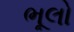
ભૂલો